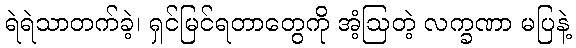
ရဲရဲသာတက်ခဲ့၊ ရှင်မြင်ရတာတွေကို အံ့ဩတဲ့ လက္ခဏာ မပြနဲ့